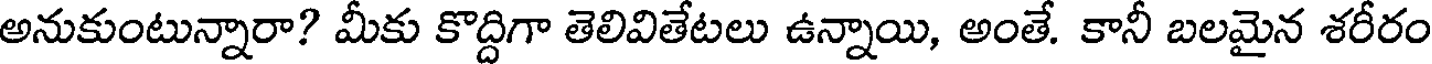
అనుకుంటున్నారా? మీకు కొద్దిగా తెలివితేటలు ఉన్నాయి, అంతే. కానీ బలమైన శరీరం